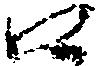
口